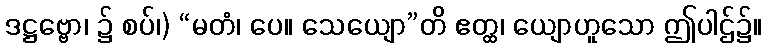
ဒဋ္ဌဗ္ဗော၊ ၌ စပ်၊) “မတံ၊ ပေ။ သေယျော”တိ ဧတ္ထ၊ ယျောဟူသော ဤပါဌ်၌။